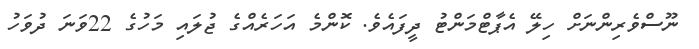
ނޫސްވެރިންނަށް ހިލޭ އެޕާޓްމަންޓު ދީފައެވެ. ކޮންމެ އަހަރެއްގެ ޖުލައި މަހުގެ 22ވަނަ ދުވަހު